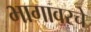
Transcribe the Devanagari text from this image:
भागावरचे